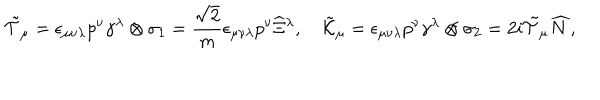
LaTeX: \tilde { \cal T } _ { \mu } = \epsilon _ { \mu \nu \lambda } p ^ { \nu } \gamma ^ { \lambda } \otimes \sigma _ { 1 } = \frac { \sqrt { 2 } } { m } \epsilon _ { \mu \nu \lambda } p ^ { \nu } \widehat { \Xi } { } ^ { \lambda } , \quad \tilde { \cal K } _ { \mu } = \epsilon _ { \mu \nu \lambda } p ^ { \nu } \gamma ^ { \lambda } \otimes \sigma _ { 2 } = 2 i \tilde { \cal T } _ { \mu } \widehat { N } ,